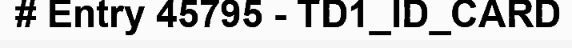
# Entry 45795 - TD1_ID_CARD